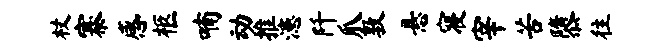
杖寨感柩喃动推漶阡爪敦悬寝宰苦隳往